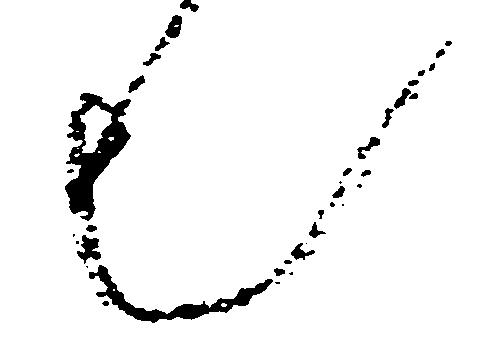
也